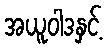
အယူဝါဒနှင့်